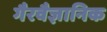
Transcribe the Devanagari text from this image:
गैरवैज्ञानिक